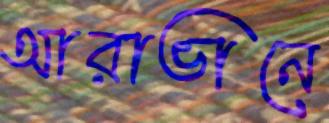
আরাভানে